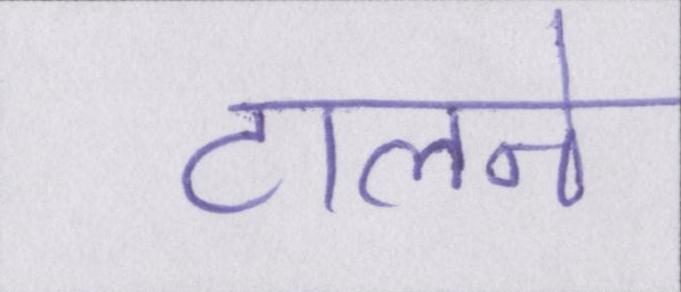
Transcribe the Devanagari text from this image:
टालने